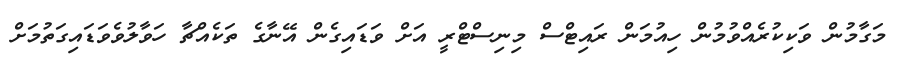
މަގާމުން ވަކިކުރެއްވުމުން ހިއުމަން ރައިޓްސް މިނިސްޓްރީ އަށް ވަޑައިގެން އޭނާގެ ތަކެއްޗާ ހަވާލުވެވަޑައިގަތުމަށް